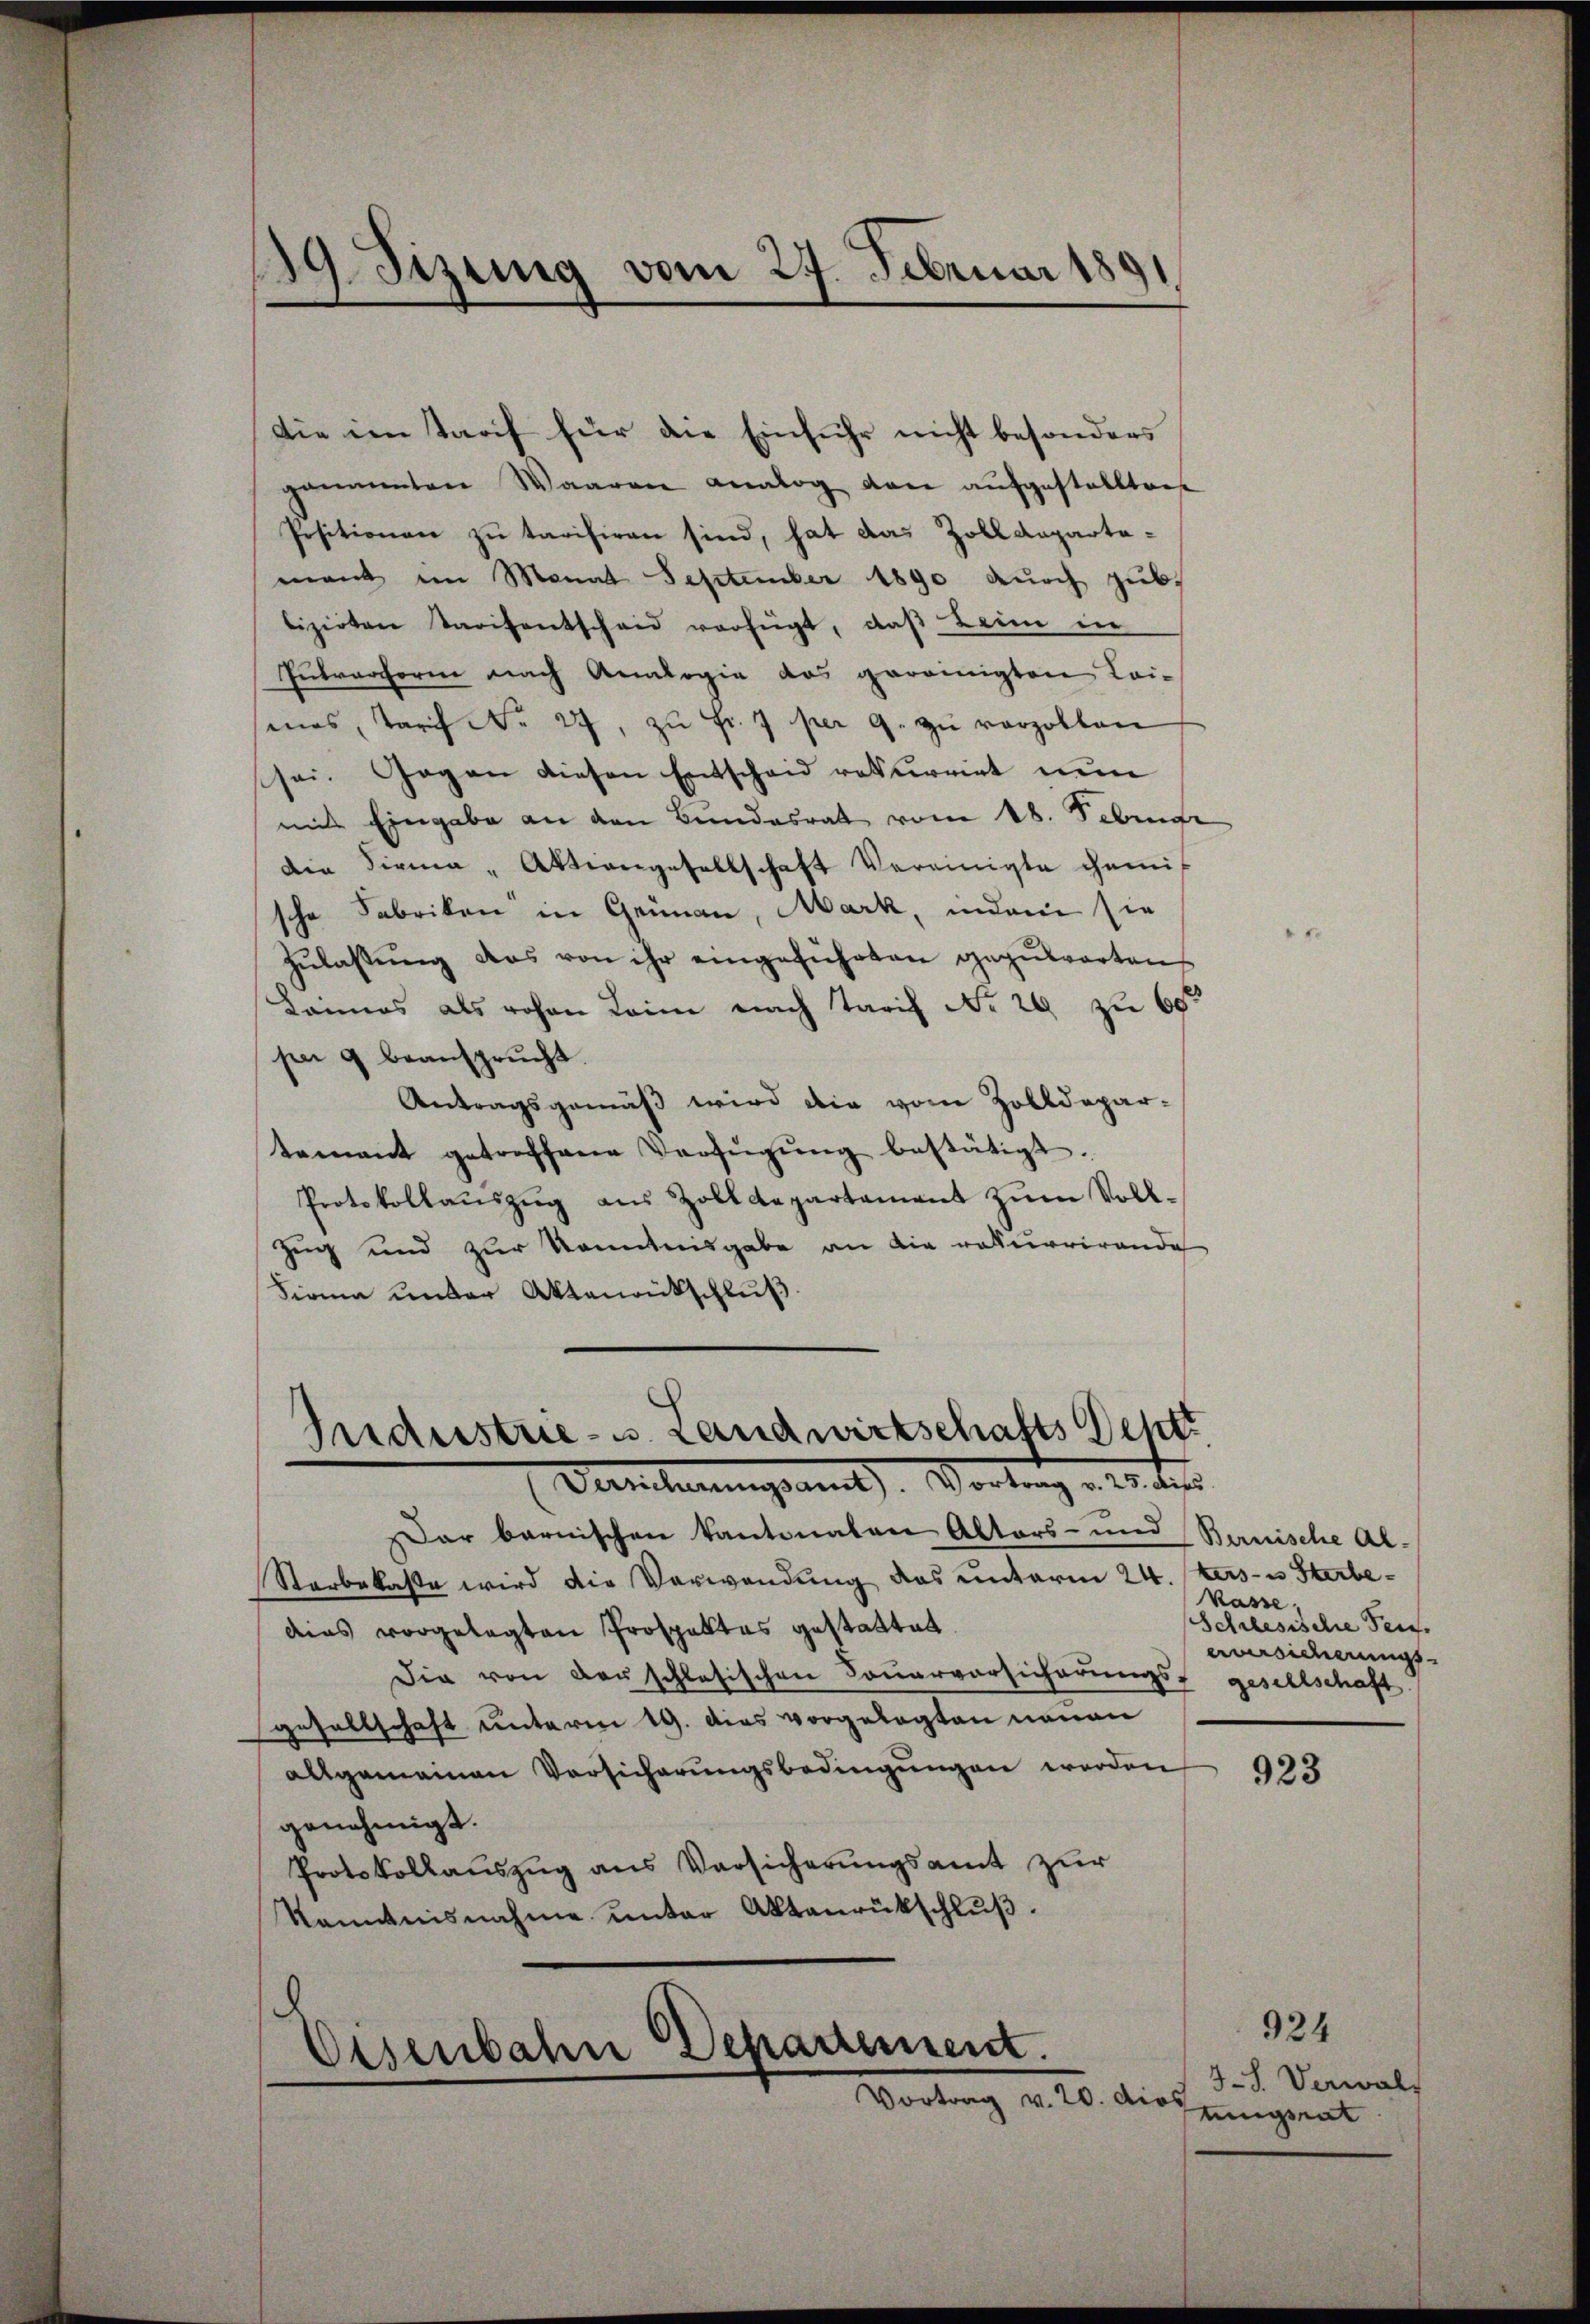
19. Sizung vom 27. Februar 1891

die im Tarif für die Einfuhr nicht besonders
genannten Waaren analog von aŭfgestellten
Positionen zŭ tarisiren sind, hat das Zolldepartamant im Monat September 1890 durch gibt
lizirten Tarifentscheid verfügt, daß Beim in
Entverform nach Analogie das gereinigten Lai-
mas, Tarif No 27, zŭ Fr. 7 per 9. zu verzollen
sei. Gegen diesen Entscheid rekurriet nun
mit Eingabe an den Bundesrat vom 18. Febru
Die Firma - Aktiengesellschaft Vereinigte gemis
sche Fabriken in Grünau, Mark, indem sie
zŭlassŭng das von ihr eingeführten gazŭwarten
Lannes als rohen Laim nach Tarif No 20 zu 60
pei 9 beansprucht.
Antragsgemäß wird die vom Zolldepar-
tamant getroffene Verfügŭng bestätigt.
Protokollaŭszŭg aŭs Zolldepartament zŭm Voll-
Zug und zur Kenntnisgabe an die rekurrirende
Firma under Aktenrückschluß.

Industrie- u. Landwirtschafts Dest
Damlungsrath, Wortung v. 25. der

Dar bernischen Kantonalen Altors- und Bernische Al-
Starbekaste wird die Verwendung das unterm 24. Aus- u Sterbedies vorgelegten Prospektes gestattet.
Die von derschlesischen Touervorsicherungs- gesellschaft
gesellschaft unterm 19. dies vorgelegten neuen
allgemeinen Versicherungsbedingungen werden
genehmigt.
Protokollauszug aus Versicherungsamt zur
kanntnisnahme unter Aktenrückschluß.

Eisenbahn Departement.
Vortrag v. 20. dies

Kasse,
Schlesische Tei
eversicherungs

923

924
3-S. Verwalt
tungsrat